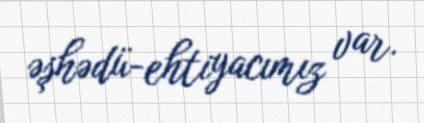
əşhədü-ehtiyacımız var.